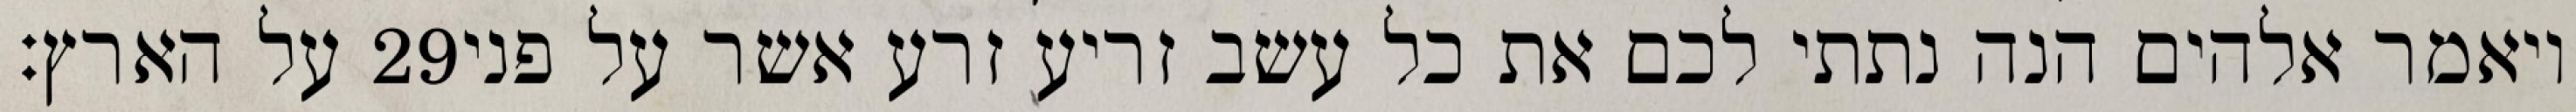
על הארץ׃ ‎29‏ ויאמר אלהים הנה נתתי לכם את כל עשב זריע זרע אשר על פני